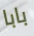
بابا